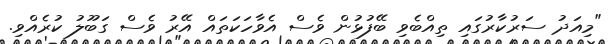
"މިއަދު ސަރުކާރުގައި ތިއްބެވި ބޭފުޅުން ވެސް އެވާހަކަތައް އޭރު ވެސް ގަބޫލު ކުރެއްވި.